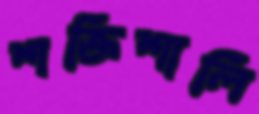
শক্তিশালি